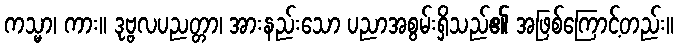
ကသ္မာ၊ ကား။ ဒုဗ္ဗလပညတ္တာ၊ အားနည်းသော ပညာအစွမ်းရှိသည်၏ အဖြစ်ကြောင့်တည်း။